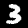
Label: 3